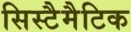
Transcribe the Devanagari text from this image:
सिस्टैमैटिक